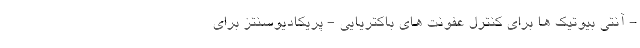
- آنتی بیوتیک ها برای کنترل عفونت های باکتریایی - پریکادیوسنتز برای